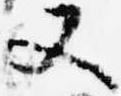
又